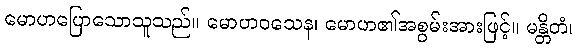
မောဟပြောသောသူသည်။ မောဟဝသေန၊ မောဟ၏အစွမ်းအားဖြင့်။ မန္တိတံ၊